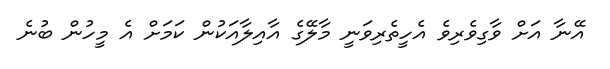
އޭނާ އަށް ވާގިވެރިވެ އެހީތެރިވަނީ މާލޭގެ އާއިލާއަކުން ކަމަށް އެ މީހުން ބުނެ